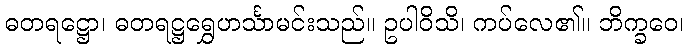
ဓတရဋ္ဌော၊ ဓတရဋ္ဌရွှေဟင်္သာမင်းသည်။ ဥပါဝိသိ၊ ကပ်လေ၏။ ဘိက္ခဝေ၊